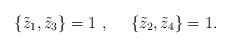
LaTeX: \begin{align*} \lbrace {\tilde z_1},{\tilde z_3}\rbrace =1~,~~~~ \lbrace {\tilde z_2},{\tilde z_4}\rbrace =1 .\end{align*}